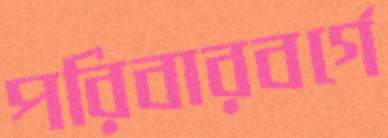
পরিবারবর্গে